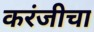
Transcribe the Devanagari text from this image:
करंजीचा